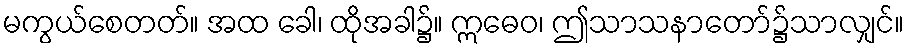
မကွယ်စေတတ်။ အထ ခေါ၊ ထိုအခါ၌။ ဣဓေဝ၊ ဤသာသနာတော်၌သာလျှင်။